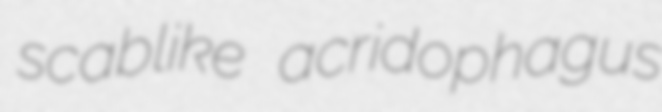
scablike acridophagus